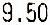
9.50